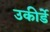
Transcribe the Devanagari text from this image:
उकीर्डे